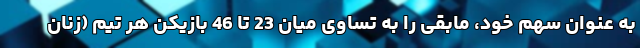
به عنوان سهم خود، مابقی را به تساوی میان 23 تا 46 بازیکن هر تیم (زنان